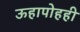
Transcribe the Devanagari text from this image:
ऊहापोहही